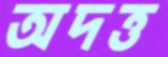
অদত্ত